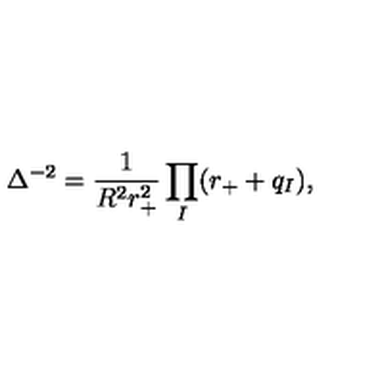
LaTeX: \Delta ^ { - 2 } = \frac { 1 } { R ^ { 2 } r _ { + } ^ { 2 } } \prod _ { I } ( r _ { + } + q _ { I } ) ,